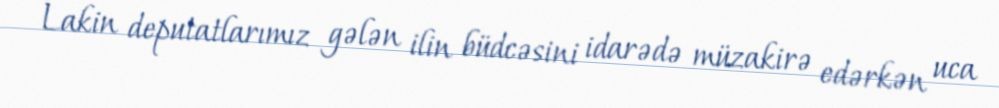
Lakin deputatlarımız gələn ilin büdcəsini idarədə müzakirə edərkən uca